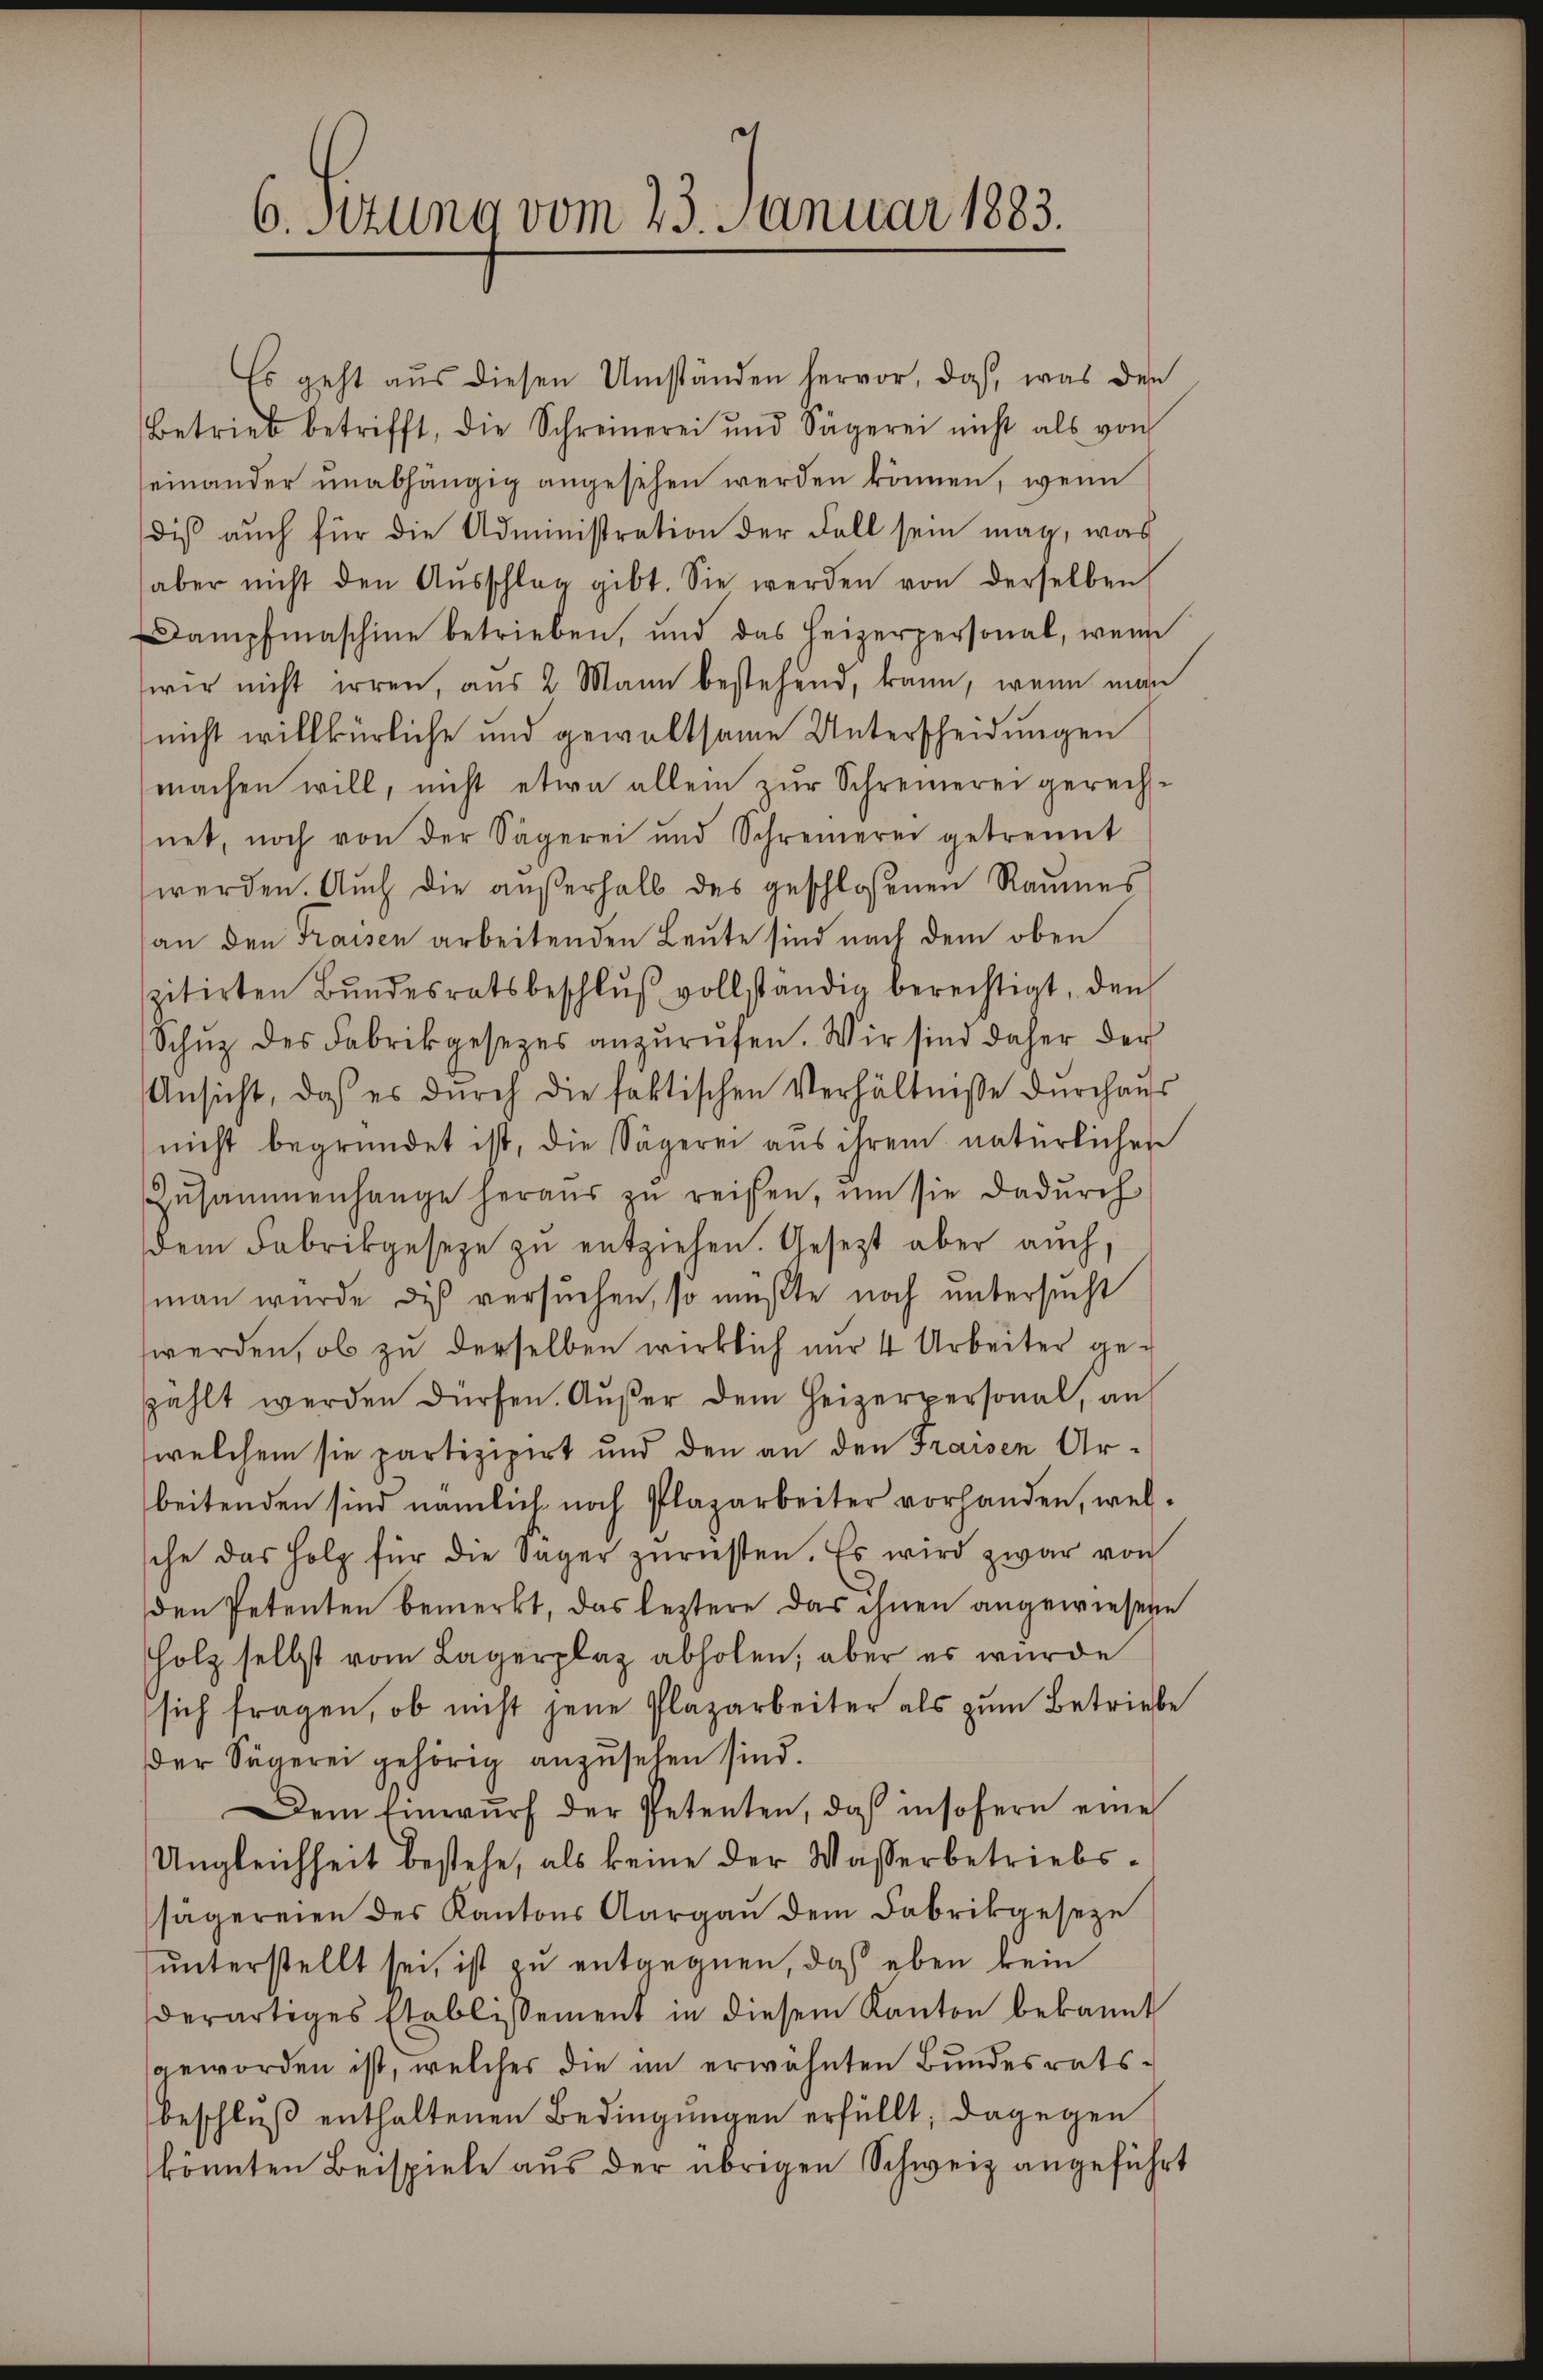
6. Setzung vom 23. Januar 1883.

Es geht aus diesen Umständen hervor, daß, was den
Betrieb betrifft, die Schreinerei und Sägerei nicht als von
seinander unabhängig angesehen werden können, wenn
dis auch für die Administration der Fall sein mag, was
aber nicht den Aŭsschlag gibt. Sie werden von derselben
Dampfmaschine betrieben, und das Heizerpersonal, wenn
wir nicht irren, aus 2 Mann bestehend, kann, wenn man
nicht willkürliche und gewaltsame Unterscheidungen
machen will, nicht etwa allein zur Schreinerei gerechnet, noch von der Sägerei und Schreinerei getrennt
werden. Auch die außerhalb des geschlossenen Raumes
an den Kraisen arbeitenden Leute sind nach dem oben
szitirten Bŭndesratsbeschlŭβ vollständig berechtigt, den
Schŭz des Fabrikgesetzes anzurufen. Wir sind daher der
Ansicht, daß es dŭrch die faktischen Verhältniße dŭrchaus
(nicht begründet ist, die Sägerei aus ihrem natürlichen
Zŭsammenhange heraŭs zŭ reisen, um sie dadurch
dem Fabrikgeseze zŭ entziehen. Gesezt aber auch,
man wurde dis versuchen, so müßte noch untersucht
werden, ob zu derselben wirklich nur 4 Arbeiter geszählt werden dürfen. Aŭβer dem Heizerpersonal, an
welchem sie partizipirt und den an den Fraisen Arbeitenden sind nämlich noch Plazarbeiter vorhanden, welsche das Holz für die Sager zurüsten. Es wird zwar von
den Petenten bemerkt, das leztere das ihnen angewiesene
Holz selbst vom Lagerplaz abholen; aber es wurde
sich fragen, ob nicht jene Plazarbeiter als zum Betriebe
der Sägerei gehörig anzusehen sind.
Dem Einwŭrf der Petenten, daß insofern eine
Ungleichheit bestehe, als keine der Wasserbetriebssägereien des Kantons Aargaŭ dem Fabrikgeseze
unterstellt sei, ist zu entgegnen, daß eben kein
derartiges Etablissement in diesem Kanton bekannt
sgeworden ist, welches die an erwähnten Bundesrats-
beschluß enthaltenen Bedingungen erfüllt; dagegen
könnten Beispiele aus der übrigen Schweiz angeführt